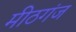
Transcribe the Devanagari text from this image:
मीठगंज